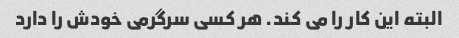
البته این کار را می کند. هر کسی سرگرمی خودش را دارد